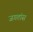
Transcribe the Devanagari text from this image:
जगतांस